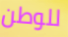
للوطن